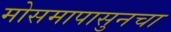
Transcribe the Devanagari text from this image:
मोसमापासुनचा